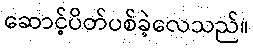
ဆောင့်ပိတ်ပစ်ခဲ့လေသည်။